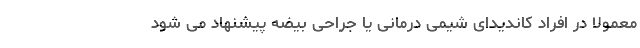
معمولاً در افراد کاندیدای شیمی درمانی یا جراحی بیضه پیشنهاد می شود